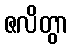
ဇလိတွာ